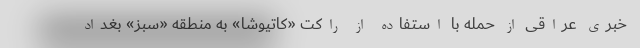
خبری عراقی از حمله با استفاده از راکت «کاتیوشا» به منطقه «سبز» بغداد